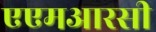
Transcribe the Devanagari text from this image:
एएमआरसी